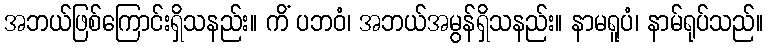
အဘယ်ဖြစ်ကြောင်းရှိသနည်း။ ကိံ ပဘဝံ၊ အဘယ်အမွန်ရှိသနည်း။ နာမရူပံ၊ နာမ်ရုပ်သည်။